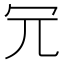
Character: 𠕶